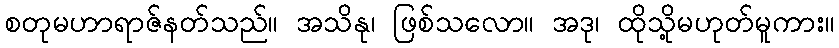
စတုမဟာရာဇ်နတ်သည်။ အသိနု၊ ဖြစ်သလော။ အဒု၊ ထိုသို့မဟုတ်မူကား။